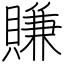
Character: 賺